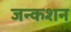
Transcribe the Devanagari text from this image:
जन्कशन